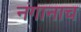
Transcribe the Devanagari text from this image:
नंगानाच